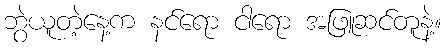
ဘွဲယူတဲ့နေ့က နင်ရော ငါရော အဖြူဆင်တူနဲ့။